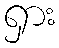
ရှား